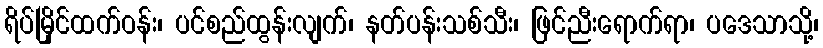
ရိပ်မြိုင်ထက်ဝန်း၊ ပင်စည်ထွန်းလျက်၊ နတ်ပန်းသစ်သီး၊ ဖြင်ညီးရောက်ရာ၊ ပဒေသာသို့၊